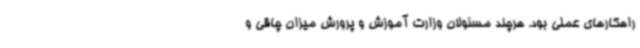
راهکارهای عملی بود. هرچند مسئولان وزارت آموزش و پرورش میزان چاقی و